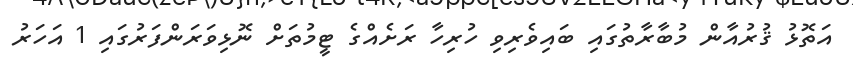
އަތޮޅު ޤުރުއާން މުބާރާތުގައި ބައިވެރިވި ހުރިހާ ރަށެއްގެ ޓީމުތަށް ނޮޅިވަރަންފަރުގައި 1 އަހަރު